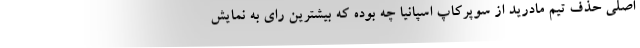
اصلی حذف تیم مادرید از سوپرکاپ اسپانیا چه بوده که بیشترین رای به نمایش